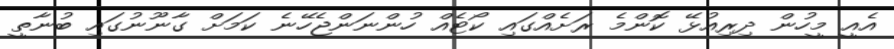
އެއީ މީހުން ދިރިއުޅޭ ކޮންމެ ރަށެއްގައި ކޯޓެއް ހުންނަންޖެހޭނެ ކަމަށް ގާނޫނުގައި ބުނާތީ